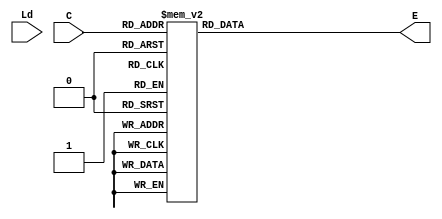
module BinaryDecoder (E,Ld,C);
 
  // BUS width
  parameter DATA_WIDTH = 32; 
  parameter OpCode_bits = 5; 	// 2^5 = 32 possible register selection
  
  // Outputs
  output reg [DATA_WIDTH-1:0]E;	// Output E, register enable
  
  // Inputs	
  input[OpCode_bits-1:0]C;	// OpCode selects Register to write to
  input Ld;
  					 	
  
  always @ (Ld)			// Start writing when enable load
    case(C)
 
    5'd0: E = 32'b0000_0000_0000_0000_0000_0000_0000_0001;
    5'd1: E = 32'b0000_0000_0000_0000_0000_0000_0000_0010;
    5'd2: E = 32'b0000_0000_0000_0000_0000_0000_0000_0100;
    5'd3: E = 32'b0000_0000_0000_0000_0000_0000_0000_1000;
    5'd4: E = 32'b0000_0000_0000_0000_0000_0000_0001_0000;
    5'd5: E = 32'b0000_0000_0000_0000_0000_0000_0010_0000;
    5'd6: E = 32'b0000_0000_0000_0000_0000_0000_0100_0000;
    5'd7: E = 32'b0000_0000_0000_0000_0000_0000_1000_0000;
    5'd8: E = 32'b0000_0000_0000_0000_0000_0001_0000_0000;
    5'd9: E = 32'b0000_0000_0000_0000_0000_0010_0000_0000;
    5'd10:E = 32'b0000_0000_0000_0000_0000_0100_0000_0000;
    5'd11:E = 32'b0000_0000_0000_0000_0000_1000_0000_0000;
    5'd12:E = 32'b0000_0000_0000_0000_0001_0000_0000_0000;
    5'd13:E = 32'b0000_0000_0000_0000_0010_0000_0000_0000;
    5'd14:E = 32'b0000_0000_0000_0000_0100_0000_0000_0000;
    5'd15:E = 32'b0000_0000_0000_0000_1000_0000_0000_0000;
    5'd16:E = 32'b0000_0000_0000_0001_0000_0000_0000_0000;
    5'd17:E = 32'b0000_0000_0000_0010_0000_0000_0000_0000;
    5'd18:E = 32'b0000_0000_0000_0100_0000_0000_0000_0000;
    5'd19:E = 32'b0000_0000_0000_1000_0000_0000_0000_0000;
    5'd20:E = 32'b0000_0000_0001_0000_0000_0000_0000_0000;
    5'd21:E = 32'b0000_0000_0010_0000_0000_0000_0000_0000;
    5'd22:E = 32'b0000_0000_0100_0000_0000_0000_0000_0000;
    5'd23:E = 32'b0000_0000_1000_0000_0000_0000_0000_0000;
    5'd24:E = 32'b0000_0001_0000_0000_0000_0000_0000_0000;
    5'd25:E = 32'b0000_0010_0000_0000_0000_0000_0000_0000;
    5'd26:E = 32'b0000_0100_0000_0000_0000_0000_0000_0000;
    5'd27:E = 32'b0000_1000_0000_0000_0000_0000_0000_0000;
    5'd28:E = 32'b0001_0000_0000_0000_0000_0000_0000_0000;
    5'd29:E = 32'b0010_0000_0000_0000_0000_0000_0000_0000; 
    5'd30:E = 32'b0100_0000_0000_0000_0000_0000_0000_0000; 
    5'd31:E = 32'b1000_0000_0000_0000_0000_0000_0000_0000; 
       
   endcase
  


endmodule